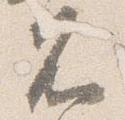
不